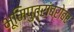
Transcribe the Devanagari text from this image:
भूमिपुत्रांबरोबर